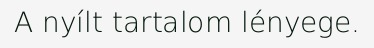
A nyílt tartalom lényege.